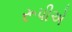
રૂપીએ